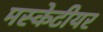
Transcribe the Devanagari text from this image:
मस्केटीयर